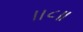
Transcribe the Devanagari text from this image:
।।८॥